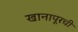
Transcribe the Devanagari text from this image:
खानापूरची